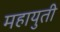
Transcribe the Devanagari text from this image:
महायुती